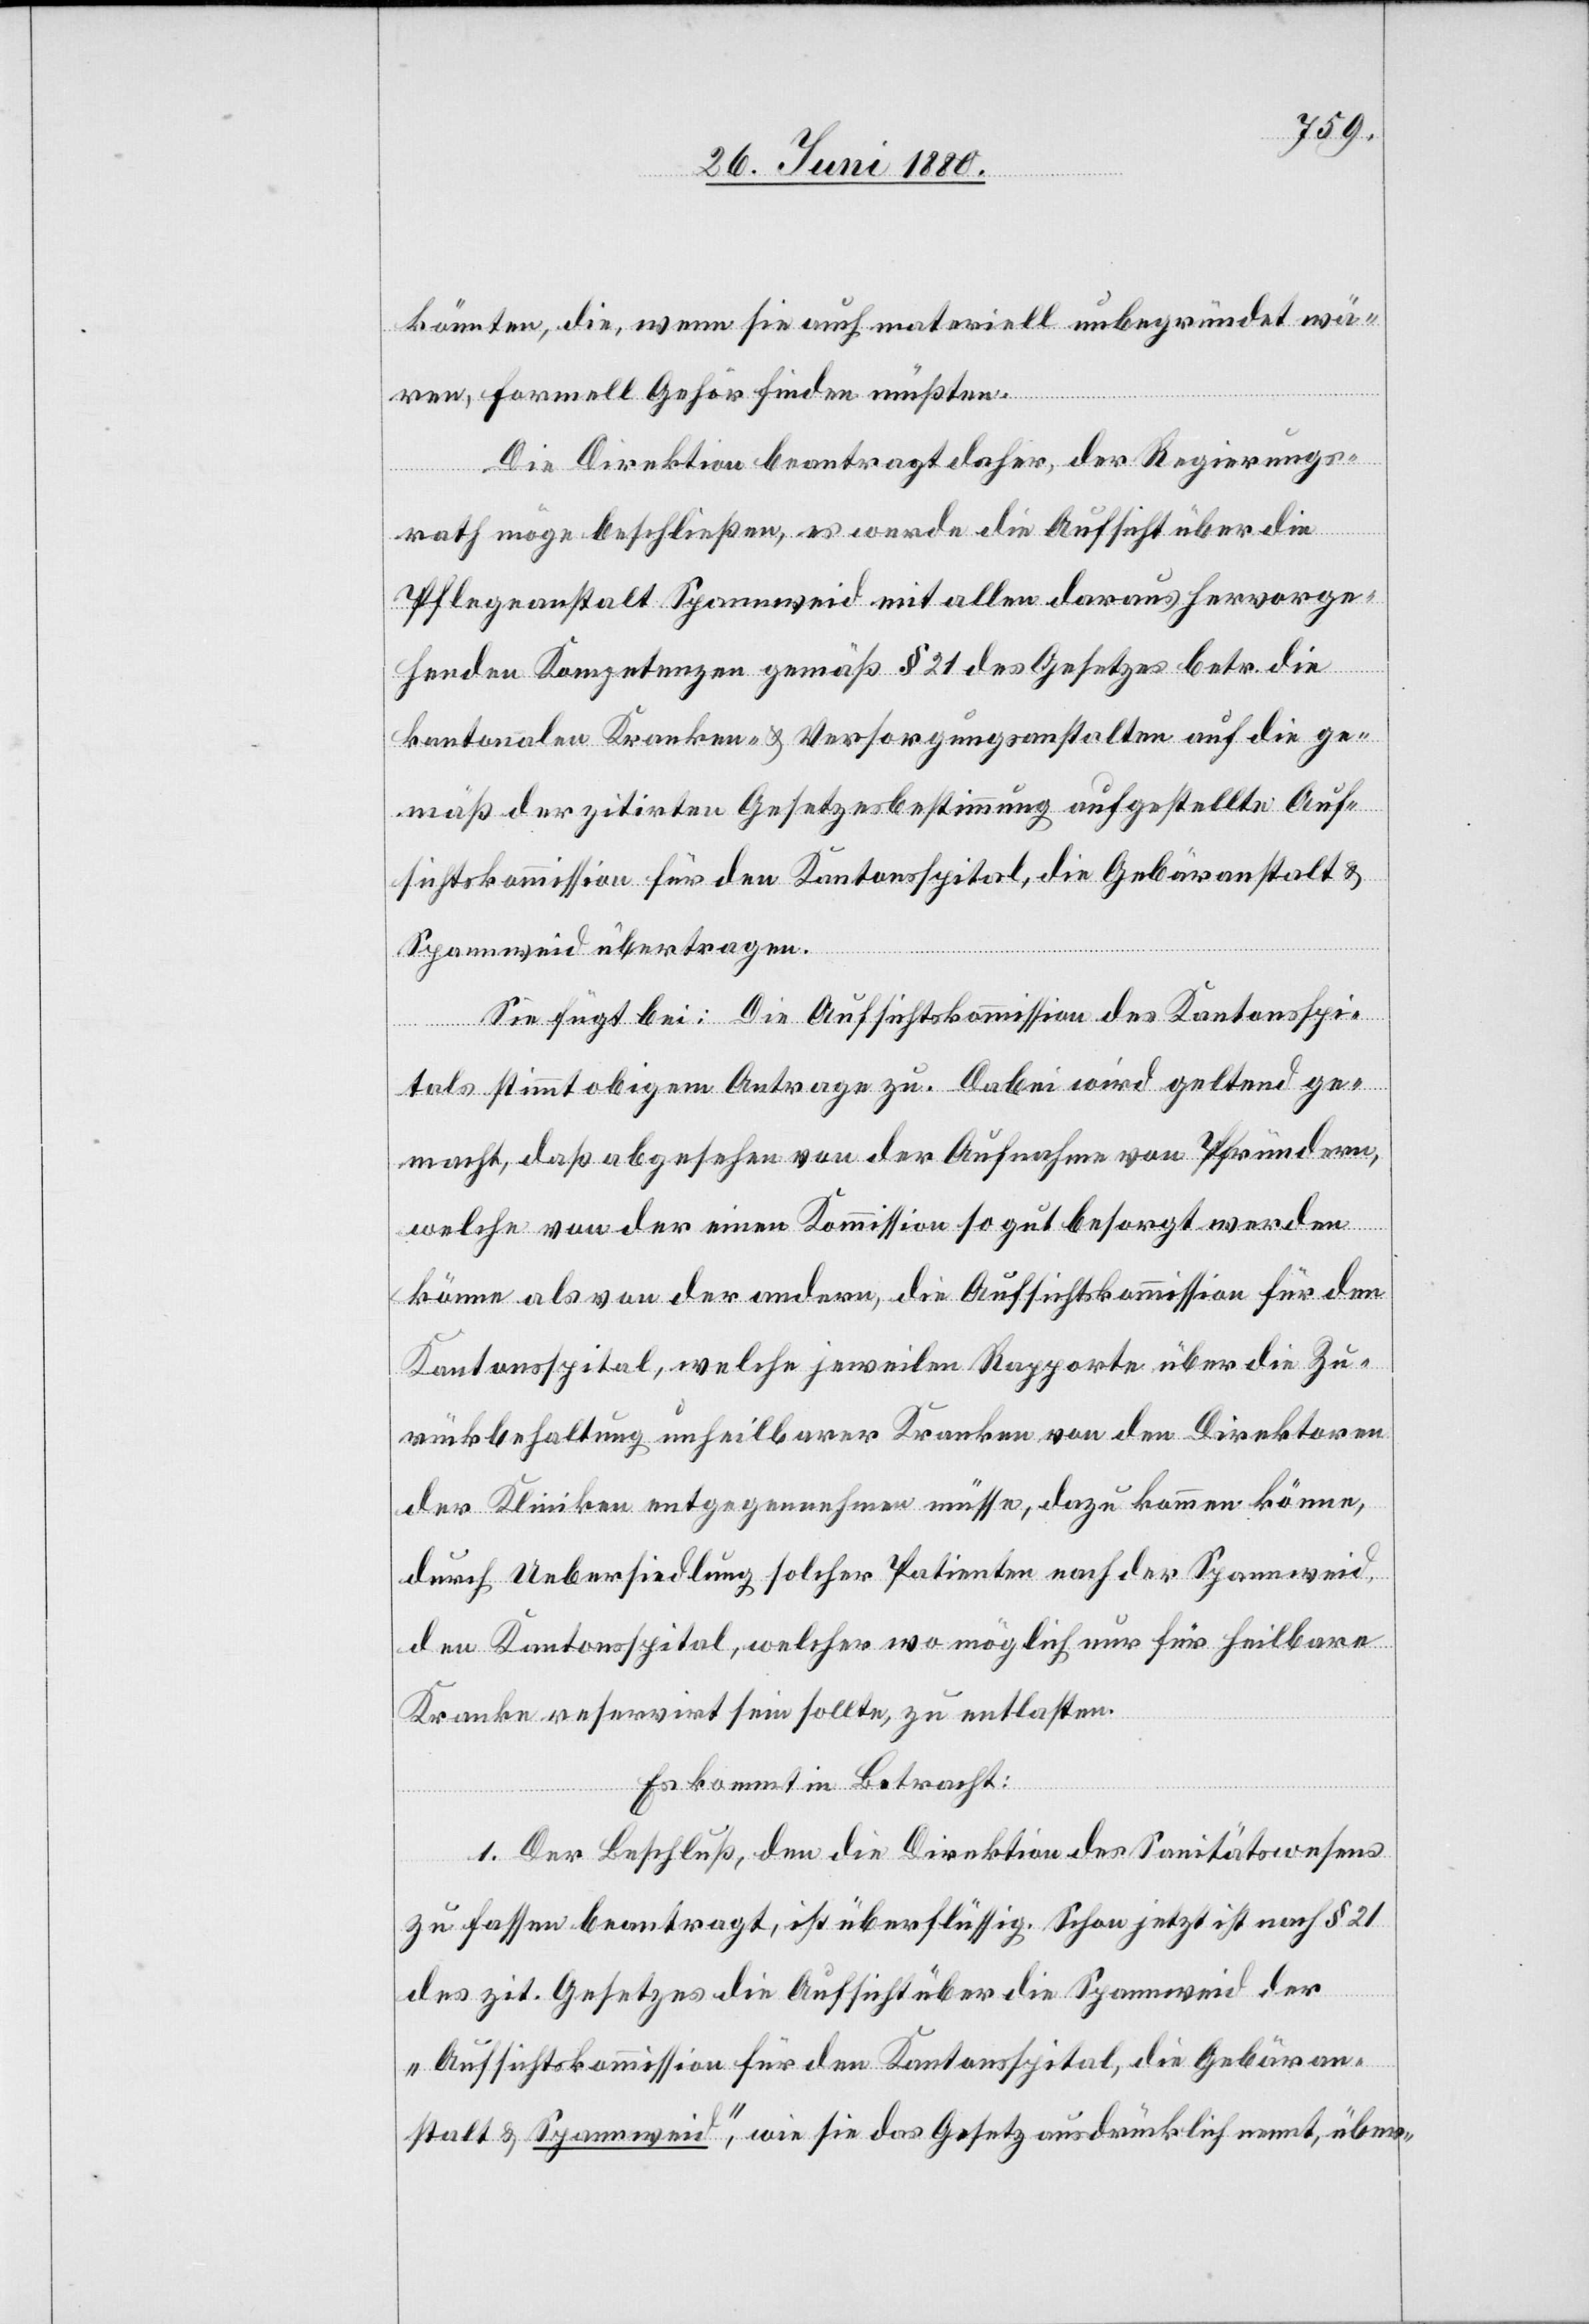
könnten, die, wenn sie auch materiell unbegründet wä¬
ren, formell Gehör finden müßten.
Die Direktion beantragt daher, der Regierungs¬
rath möge beschließen, es werde die Aufsicht über die
Pflegeanstalt Spannweid mit allen daraus hervorge¬
henden Kompetenzen gemäß § 21 des Gesetzes betr. die
kantonalen Kranken- & Versorgungsanstalten auf die ge¬
mäß der zitirten Gesetzesbestimmung aufgestellte Auf¬
sichtskommission für den Kantonsspital, die Gebäranstalt &
Spannweid übertragen.
Sie fügt bei: Die Aufsichtskommission des Kantonsspi¬
tals stimmt obigem Antrage zu. Dabei wird geltend ge¬
macht, daß abgesehen von der Aufnahme von Pfründen,
welche von der einen Kommission so gut besorgt werden
könne als von der andern, die Aufsichtskommission für den
Kantonsspital, welche jeweilen Rapporte über die Zu¬
rückbehaltung unheilbarer Kranken von den Direktoren
der Kliniken entgegennehmen müsse, dazu kommen könne,
durch Uebersiedlung solcher Patienten nach der Spannweid,
den Kantonsspital, welcher wo möglich nur für heilbare
Kranke reservirt sein sollte, zu entlasten.
Es kommt in Betracht:
1. Der Beschluß, den die Direktion des Sanitätswesens
zu fassen beantragt, ist überflüssig. Schon jetzt ist nach § 21
des zit. Gesetzes die Aufsicht über die Spannweid der
„Aufsichtskommission für den Kantonsspital, die Gebäran¬
stalt & Spannweid“, wie sie das Gesetz ausdrücklich nennt, über-